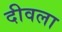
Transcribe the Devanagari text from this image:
दीवला